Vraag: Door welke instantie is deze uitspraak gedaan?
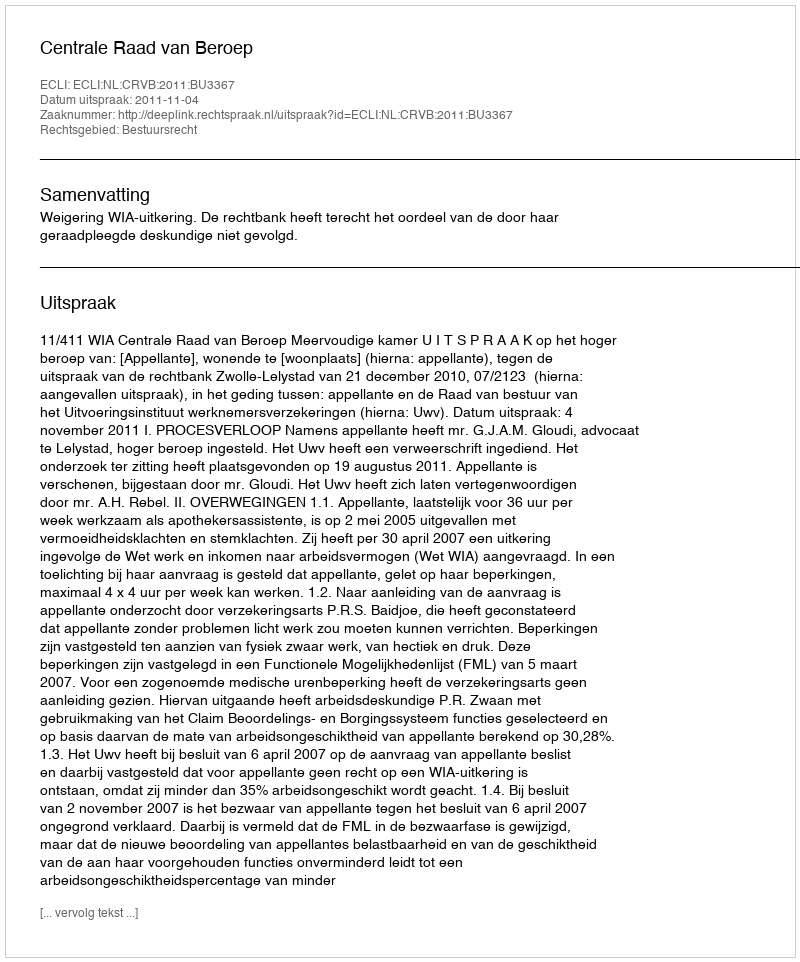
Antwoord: Centrale Raad van Beroep